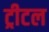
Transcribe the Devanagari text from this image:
ट्रीटल